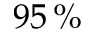
9 5 \, \%